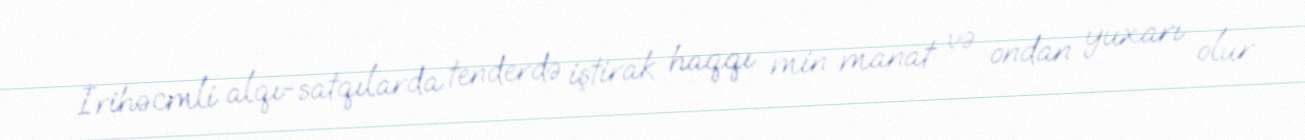
İrihəcmli alqı-satqılarda tenderdə iştirak haqqı min manat və ondan yuxarı olur